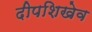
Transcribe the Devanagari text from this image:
दीपशिखेव